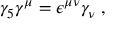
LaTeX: \gamma _ { 5 } \gamma ^ { \mu } = \epsilon ^ { \mu \nu } \gamma _ { \nu } \; ,